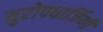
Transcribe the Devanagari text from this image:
युरोपधार्जिणी